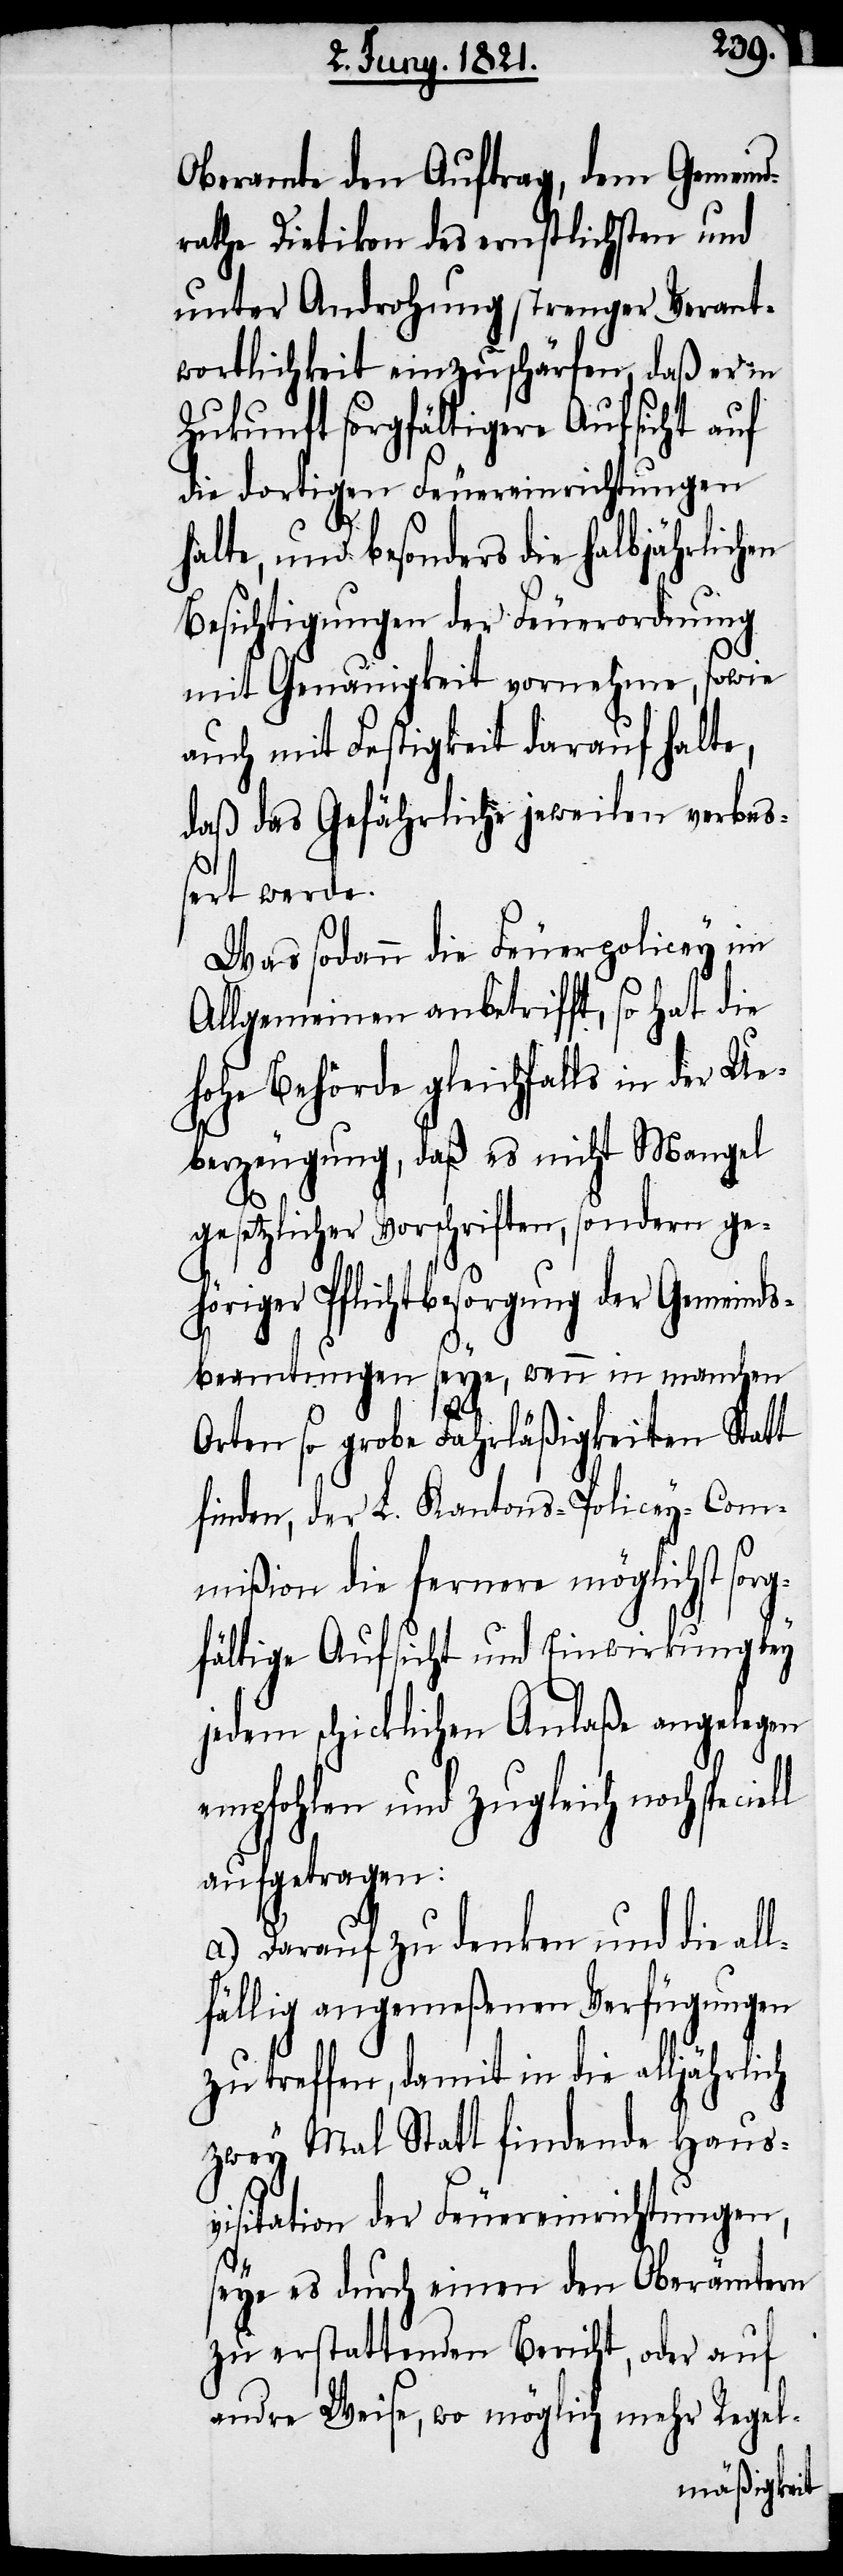
Oberamte den Auftrag, dem Gemeind¬
rathe Dietikon des ernstlichsten und
unter Androhung strenger Verant¬
wortlichkeit einzuschärfen, daß er in
Zukunft sorgfältigere Aufsicht auf
die dortigen Feuereinrichtungen
ll
halte, und besonders die halbjährlichen
Besichtigungen der Feuerordnung
mit Genauigkeit vornehme, sowie
auch mit Festigkeit darauf halte,
daß das Gefährliche jeweilen verbe¬
ßert werde.
Was sodann die Feuerpolicey im
Allgemeinen anbetrifft, so hat die
hohe Behörde gleichfalls in der Ue¬
berzeugung, daß es nicht Mangel
gesetzlicher Vorschriften, sondern ge¬
höriger Pflichtbesorgung der Gemeinds¬
beamtungen seye, wenn in manchen
Orten so grobe Fahrläßigkeiten Statt
finden, der L. Kantons-Policey-Com¬
mißion die fernere möglichst sorg¬
fältige Aufsicht und Einwirkung bey
jedem schicklichen Anlaße angelegen
empfohlen und zugleich noch specie¬
aufgetragen:
a.) Darauf zu denken und die all¬
fällig angemeßenen Verfügungen
zu treffen, damit in die alljährlich
zwey Mal Statt findende Haus¬
visitation der Feuereinrichtungen,
seye es durch einen den Oberämtern
zu erstattenden Bericht, oder auf
andre Weise, wo möglich mehr Regel-